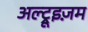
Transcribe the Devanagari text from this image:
अल्ट्रूइज़म